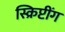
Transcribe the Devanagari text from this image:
स्क्रिप्टींग